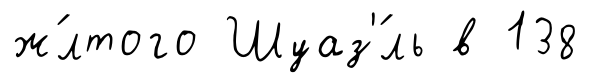
ж́лтого Шуаз'́ль в 138